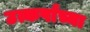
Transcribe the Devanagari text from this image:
उत्कर्षांच्या